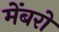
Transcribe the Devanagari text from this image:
मेंबरों